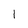
Character: 1